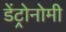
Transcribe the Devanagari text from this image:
डेंट्रोनोमी